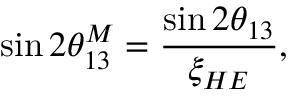
\sin 2 \theta _ { 1 3 } ^ { M } = \frac { \sin 2 \theta _ { 1 3 } } { \xi _ { H E } } ,